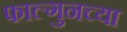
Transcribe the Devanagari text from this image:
फाल्गुनच्या